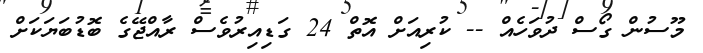
މޫސުން ގޯސް ދުވަހެއް -- ކުރިއަށް އޮތް 24 ގަޑިއިރުވެސް ރާއްޖޭގެ ބޮޑުބަޔަކަށް